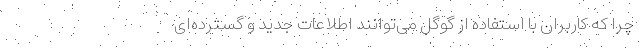
چرا که کاربران با استفاده از گوگل می‌توانند اطلاعات جدید و گسترده‌‌ای